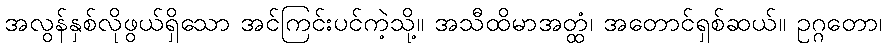
အလွန်နှစ်လိုဖွယ်ရှိသော အင်ကြင်းပင်ကဲ့သို့။ အသီထိမာအတ္ထံ၊ အတောင်ရှစ်ဆယ်။ ဥဂ္ဂတော၊